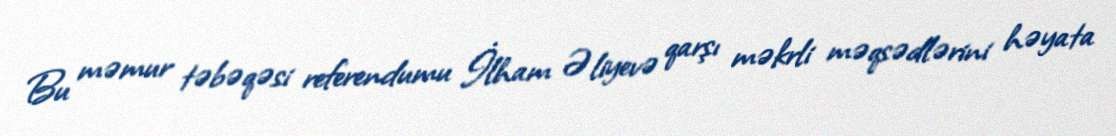
Bu məmur təbəqəsi referendumu İlham Əliyevə qarşı məkrli məqsədlərini həyata